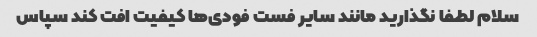
سلام لطفا نگذارید مانند سایر فست فودی‌ها کیفیت افت کند سپاس